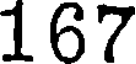
167